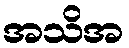
အသိအ